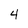
Character: 4